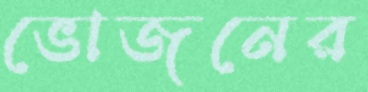
ভোজনের